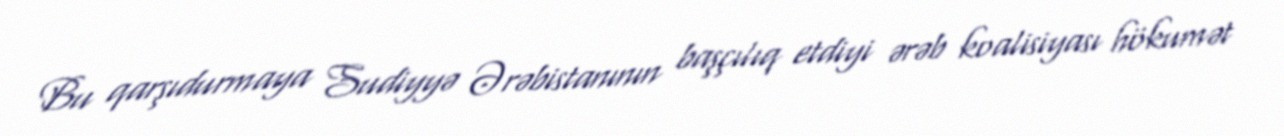
Bu qarşıdurmaya Sudiyyə Ərəbistanının başçılıq etdiyi ərəb koalisiyası hökumət